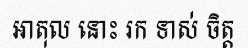
អាតុល នោះ រក ទាស់ ចិត្ត